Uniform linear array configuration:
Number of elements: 12
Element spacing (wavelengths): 0.25
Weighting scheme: hann
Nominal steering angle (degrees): -45
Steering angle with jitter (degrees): -46.019
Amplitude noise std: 0.05
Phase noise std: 0.05

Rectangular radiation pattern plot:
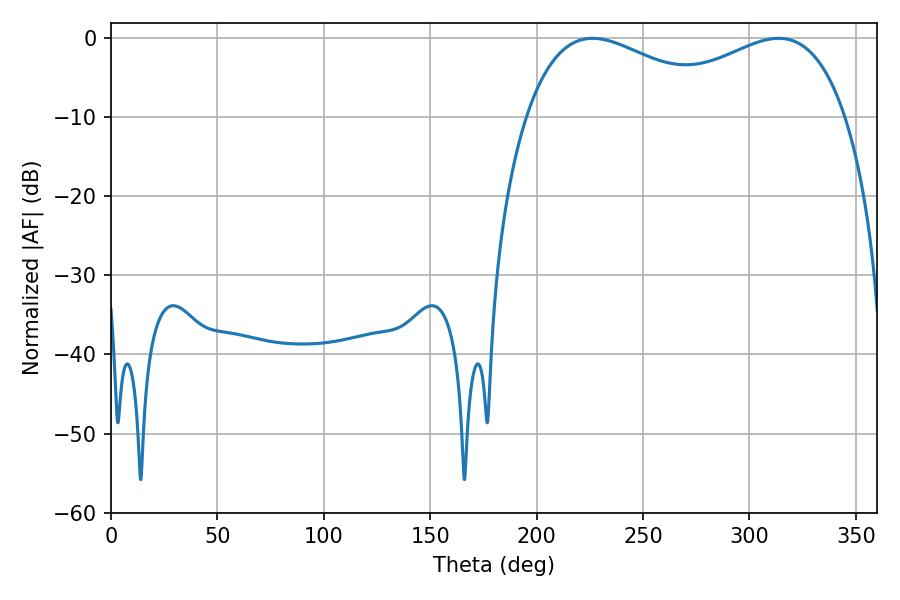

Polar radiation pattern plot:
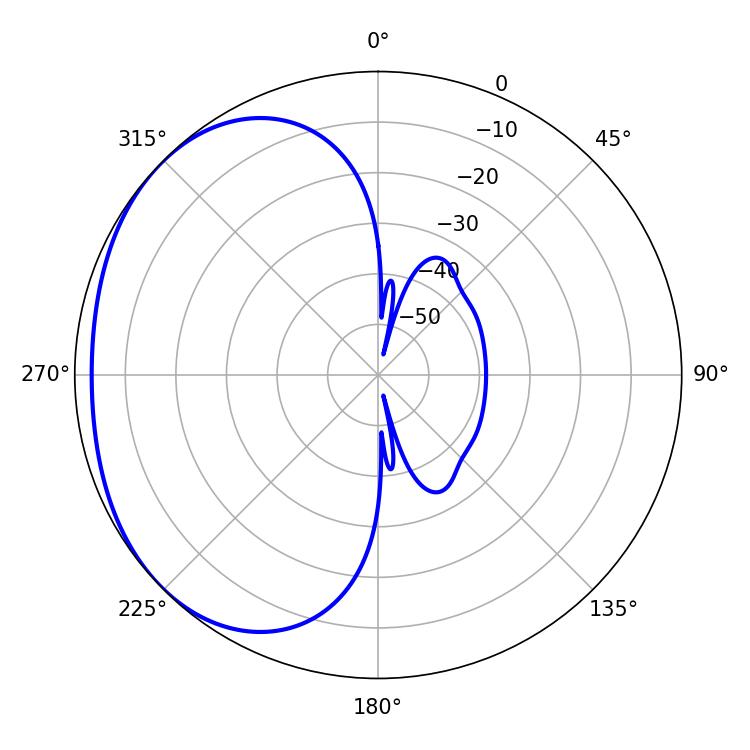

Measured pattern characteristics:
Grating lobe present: FALSE
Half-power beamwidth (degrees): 53.1
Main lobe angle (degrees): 226.26